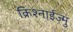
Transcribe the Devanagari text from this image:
क्रिश्नाईज्मु